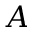
A